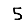
Digit: 5